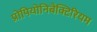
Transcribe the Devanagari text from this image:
प्रोपियोनिबैक्टिरियम